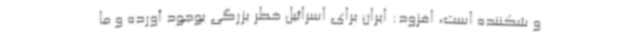
و شکننده است، افزود: ایران برای اسرائیل خطر بزرگی بوجود آورده و ما